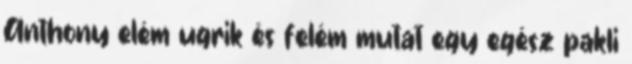
Anthony elém ugrik és felém mutat egy egész pakli